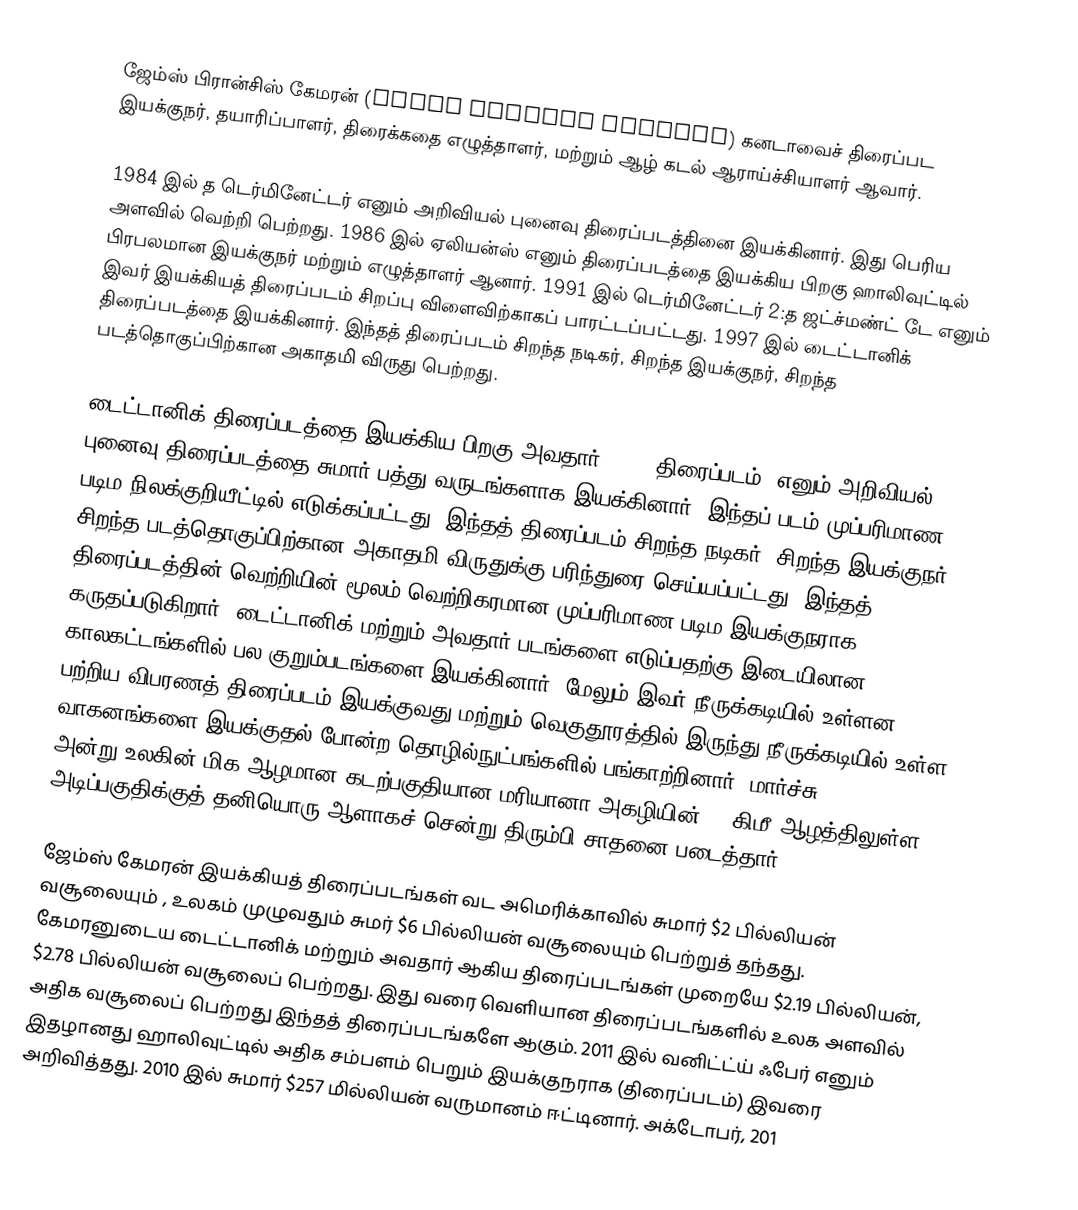
ஜேம்ஸ் பிரான்சிஸ் கேமரன் (James Francis Cameron) கனடாவைச் திரைப்பட இயக்குநர், தயாரிப்பாளர், திரைக்கதை எழுத்தாளர், மற்றும் ஆழ் கடல் ஆராய்ச்சியாளர் ஆவார்.

1984 இல் த டெர்மினேட்டர் எனும் அறிவியல் புனைவு திரைப்படத்தினை இயக்கினார். இது பெரிய அளவில் வெற்றி பெற்றது. 1986 இல் ஏலியன்ஸ் எனும் திரைப்படத்தை இயக்கிய பிறகு ஹாலிவுட்டில் பிரபலமான இயக்குநர் மற்றும் எழுத்தாளர் ஆனார். 1991 இல் டெர்மினேட்டர் 2:த ஜட்ச்மண்ட் டே எனும் இவர் இயக்கியத் திரைப்படம் சிறப்பு விளைவிற்காகப் பாரட்டப்பட்டது. 1997 இல் டைட்டானிக் திரைப்படத்தை இயக்கினார். இந்தத் திரைப்படம் சிறந்த நடிகர், சிறந்த இயக்குநர், சிறந்த படத்தொகுப்பிற்கான அகாதமி விருது பெற்றது.

டைட்டானிக் திரைப்படத்தை இயக்கிய பிறகு அவதார் (2009 திரைப்படம்) எனும் அறிவியல் புனைவு திரைப்படத்தை சுமார் பத்து வருடங்களாக இயக்கினார். இந்தப் படம் முப்பரிமாண படிம நிலக்குறியீட்டில் எடுக்கப்பட்டது. இந்தத் திரைப்படம் சிறந்த நடிகர், சிறந்த இயக்குநர், சிறந்த படத்தொகுப்பிற்கான அகாதமி விருதுக்கு பரிந்துரை செய்யப்பட்டது. இந்தத் திரைப்படத்தின் வெற்றியின் மூலம் வெற்றிகரமான முப்பரிமாண படிம இயக்குநராக கருதப்படுகிறார். டைட்டானிக் மற்றும் அவதார் படங்களை எடுப்பதற்கு இடையிலான காலகட்டங்களில் பல குறும்படங்களை இயக்கினார். மேலும் இவர் நீருக்கடியில் உள்ளன பற்றிய விபரணத் திரைப்படம் இயக்குவது மற்றும் வெகுதூரத்தில் இருந்து நீருக்கடியில் உள்ள வாகனங்களை இயக்குதல் போன்ற தொழில்நுட்பங்களில் பங்காற்றினார்.  மார்ச்சு 26, 2012 அன்று உலகின் மிக ஆழமான கடற்பகுதியான மரியானா அகழியின் 11 கிமீ ஆழத்திலுள்ள அடிப்பகுதிக்குத் தனியொரு ஆளாகச் சென்று திரும்பி சாதனை படைத்தார்.

ஜேம்ஸ் கேமரன் இயக்கியத் திரைப்படங்கள் வட அமெரிக்காவில் சுமார் $2 பில்லியன் வசூலையும் , உலகம் முழுவதும் சுமர் $6 பில்லியன் வசூலையும் பெற்றுத் தந்தது. கேமரனுடைய டைட்டானிக் மற்றும் அவதார் ஆகிய திரைப்படங்கள் முறையே $2.19 பில்லியன், $2.78 பில்லியன் வசூலைப் பெற்றது. இது வரை வெளியான திரைப்படங்களில் உலக அளவில் அதிக வசூலைப் பெற்றது இந்தத் திரைப்படங்களே ஆகும். 2011 இல் வனிட்ட்ய் ஃபேர் எனும் இதழானது ஹாலிவுட்டில் அதிக சம்பளம் பெறும் இயக்குநராக (திரைப்படம்) இவரை அறிவித்தது. 2010 இல் சுமார் $257 மில்லியன் வருமானம் ஈட்டினார். அக்டோபர், 201